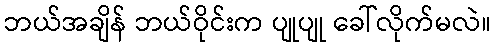
ဘယ်အချိန် ဘယ်ဝိုင်းက ပျုပျု ခေါ်လိုက်မလဲ။